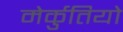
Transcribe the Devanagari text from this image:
मेर्कुतियो